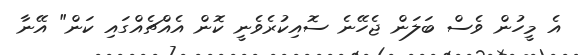
އެ މީހުން ވެސް ބަލަން ޖެހޭނެ ސޮއިކުރެވެނީ ކޮން އެއްޗެއްގައި ކަން" އޭނާ